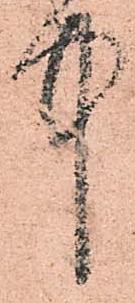
中